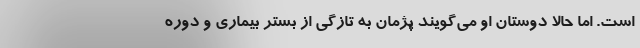
است. اما حالا دوستان او می‌گویند پژمان به تازگی از بستر بیماری و دوره